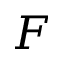
F